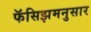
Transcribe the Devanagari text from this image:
फॅसिझमनुसार